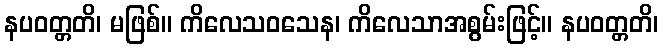
နပဝတ္တတိ၊ မဖြစ်။ ကိလေသဝသေန၊ ကိလေသာအစွမ်းဖြင့်။ နပဝတ္တတိ၊